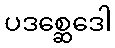
ပဒစ္ဆေဒေါ